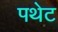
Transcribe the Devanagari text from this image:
पथेट